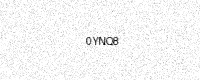
Text: 0YNQ8